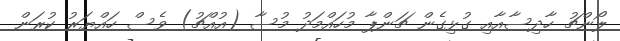
ލޯންޗު ހާދިސާއާއި ގުޅިގެން ޗަންޕާ މުހައްމަދު މުސާ (އުއްޗު) ވެސް ހައްޔަރު ކުރަން